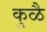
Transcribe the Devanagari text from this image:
कुळै